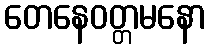
တေနေဝတ္တမနော